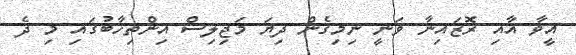
އީވާ އާއި ރޮޒައިނާ ވަނީ ނިމިގެން ދިޔަ މަޖިލިސް އިންތިހާބުގައި މި ދެ